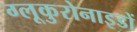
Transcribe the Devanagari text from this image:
ग्लूकुरोनाइडों